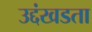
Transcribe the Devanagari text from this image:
उद्दंखडता